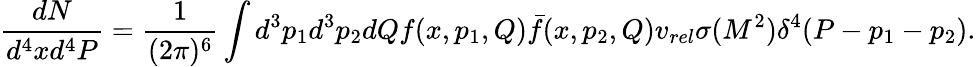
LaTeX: {\frac{dN}{d^{4}xd^{4}P}}={\frac{1}{(2\pi)^{6}}}\int d^{3}p_{1}d^{3}p_{2}dQf(x,p_{1},Q)\bar{f}(x,p_{2},Q)v_{rel}\sigma(M^{2})\delta^{4}(P-p_{1}-p_{2}).